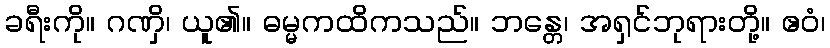
ခရီးကို။ ဂဏှိ၊ ယူ၏။ ဓမ္မကထိကသည်။ ဘန္တေ၊ အရှင်ဘုရားတို့။ ဧဝံ၊